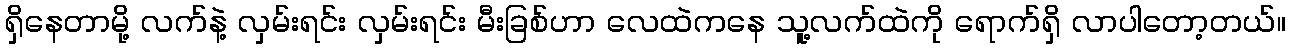
ရှိနေတာမို့ လက်နဲ့ လှမ်းရင်း လှမ်းရင်း မီးခြစ်ဟာ လေထဲကနေ သူ့လက်ထဲကို ရောက်ရှိ လာပါတော့တယ်။